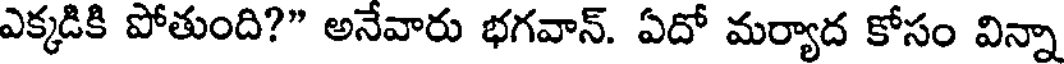
ఎక్కడికి పోతుంది?" అనేవారు భగవాన్. ఏదో మర్యాద కోసం విన్నా